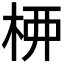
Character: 𫞉